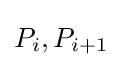
P_{i},P_{i+1}